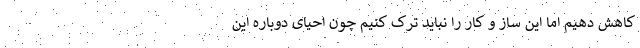
کاهش دهیم اما این ساز و کار را نباید ترک کنیم چون احیای دوباره این